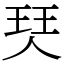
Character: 珡